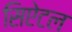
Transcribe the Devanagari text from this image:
सिऐटल